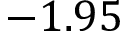
- 1 . 9 5